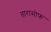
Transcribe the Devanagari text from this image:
तारासोफ